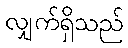
လျှက်ရှိသည်